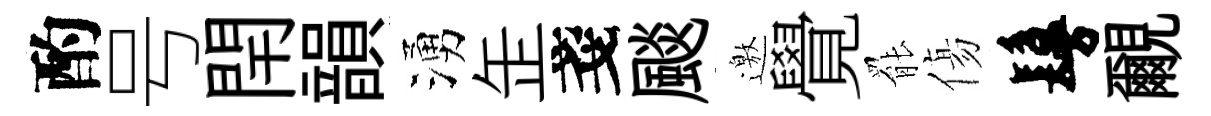
酌号閈韻湧𦈢戔颷邀覺罷傷鬘覼